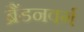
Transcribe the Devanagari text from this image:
ब्रैंडनवर्ग